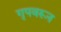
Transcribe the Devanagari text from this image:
गृपवरून